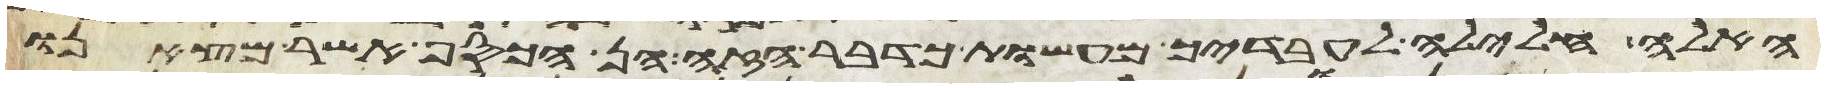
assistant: האלה חלילה לעבדיך מעשות כדבר הזה הן הכסף אשר מצאנו